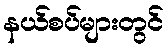
နယ်စပ်များတွင်